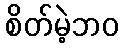
စိတ်မဲ့ဘဝ